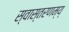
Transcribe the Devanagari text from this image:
स्वास्तरणम्य्